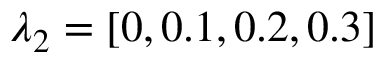
\lambda _ { 2 } = [ 0 , 0 . 1 , 0 . 2 , 0 . 3 ]